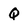
Character: Q